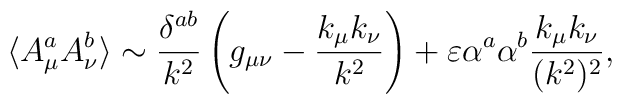
\langle A^a_\mu A^b_\nu \rangle    \sim     {\delta^{ab} \over k^2}                    \left(                         g_{\mu\nu}                         - {k_\mu k_\nu \over k^2}                    \right)    + \varepsilon \alpha^a \alpha^b {k_\mu k_\nu \over (k^2)^2},